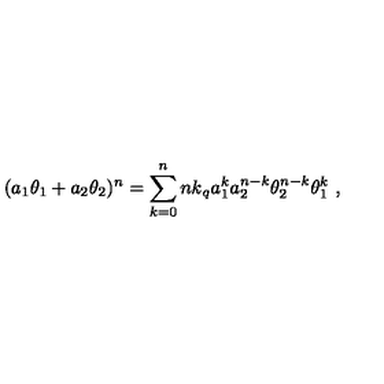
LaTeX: ( a _ { 1 } \theta _ { 1 } + a _ { 2 } \theta _ { 2 } ) ^ { n } = \sum _ { k = 0 } ^ { n } { \binom { n } { k } } _ { q } a _ { 1 } ^ { k } a _ { 2 } ^ { n - k } \theta _ { 2 } ^ { n - k } \theta _ { 1 } ^ { k } \ ,